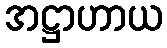
အဋ္ဌာဟာယ